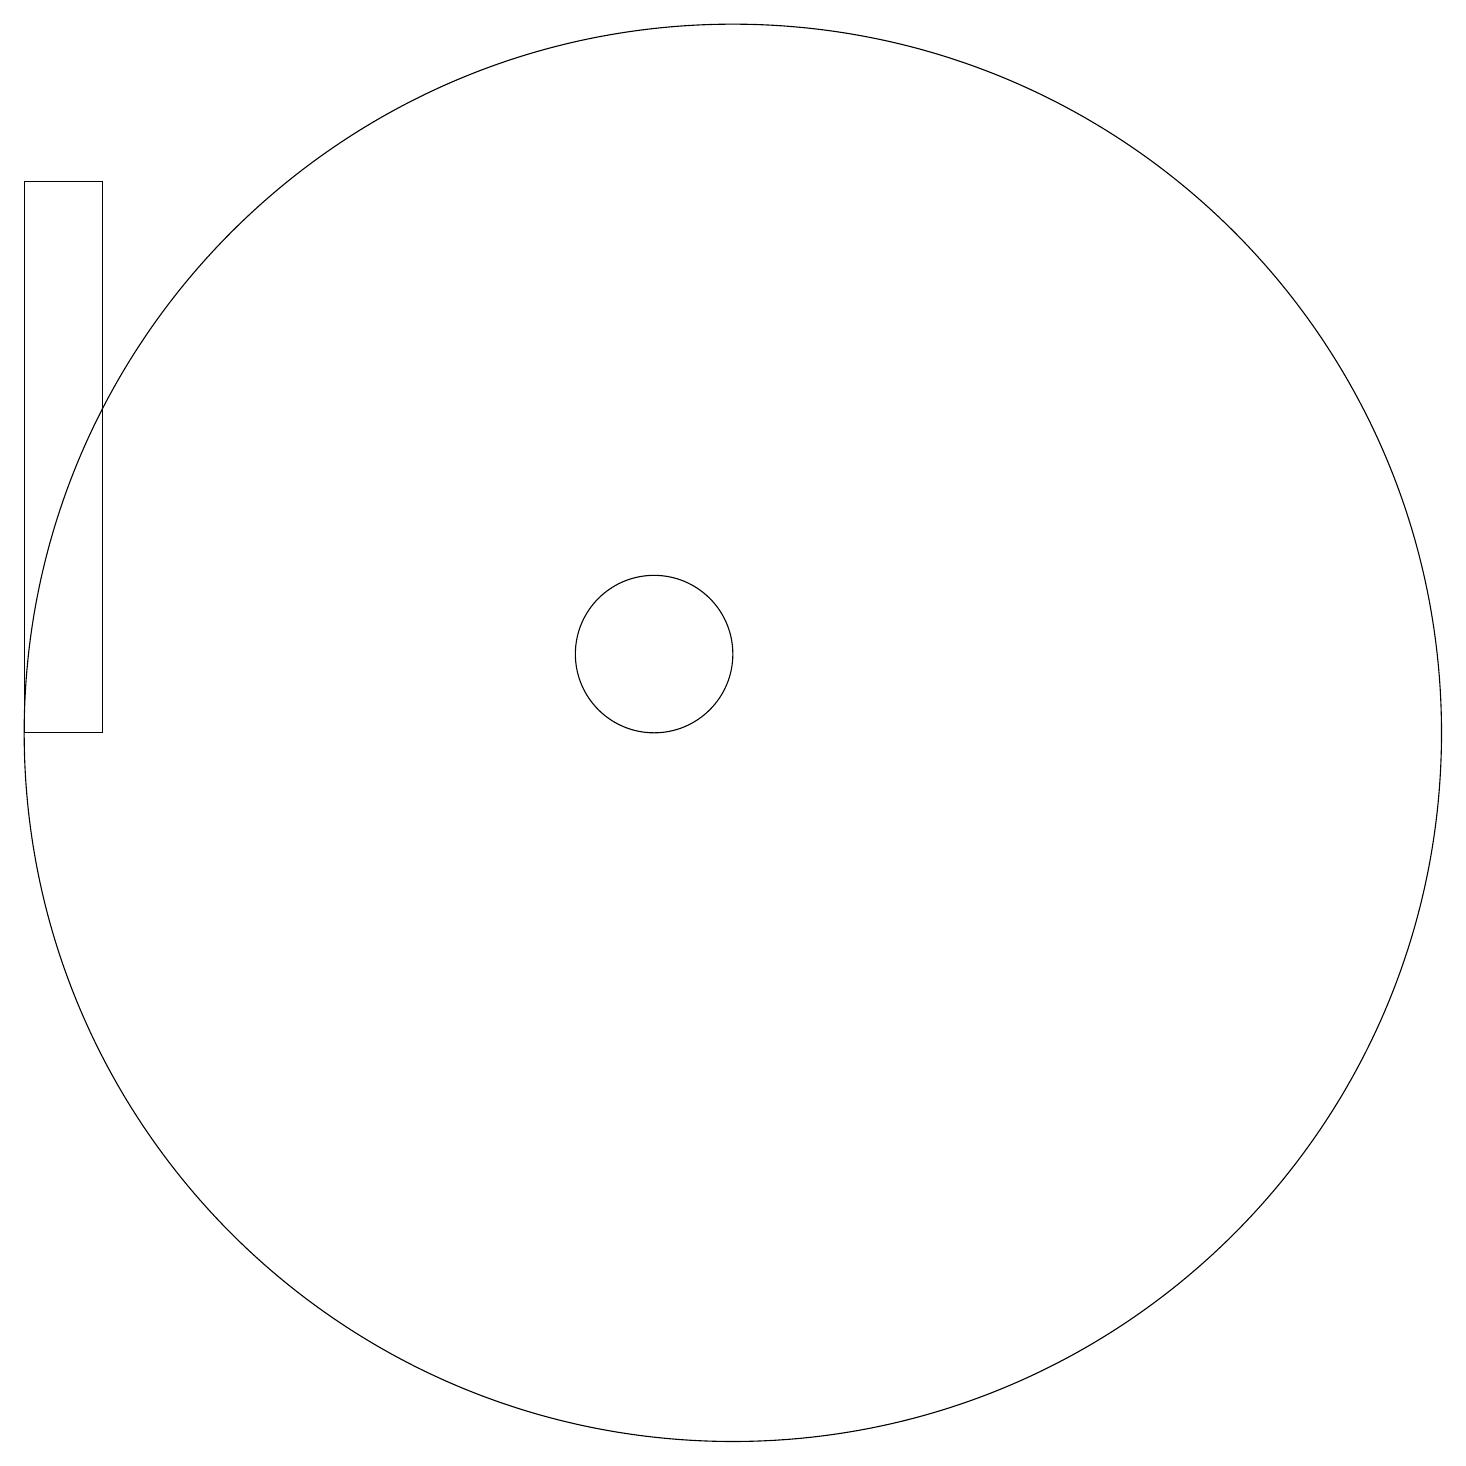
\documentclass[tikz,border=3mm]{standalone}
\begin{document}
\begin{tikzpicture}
\draw (10,11) circle (1);
\draw (11,10) circle (9);
\draw (2,17) rectangle (3,10);
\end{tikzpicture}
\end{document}